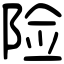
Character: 险